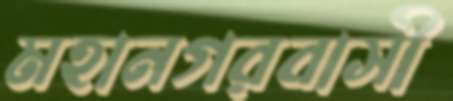
মহানগরবাসী